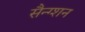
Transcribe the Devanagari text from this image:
सैन्ग्शन